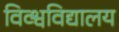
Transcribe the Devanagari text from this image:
विव्श्वविद्यालय